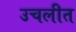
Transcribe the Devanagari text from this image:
उचलीत